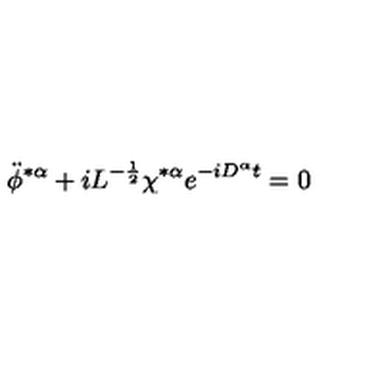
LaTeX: \ddot { \phi } ^ { * \alpha } + i L ^ { - \frac { 1 } { 2 } } \chi ^ { * \alpha } e ^ { - i D ^ { \alpha } t } = 0